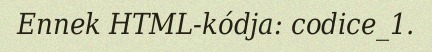
Ennek HTML-kódja: codice_1.